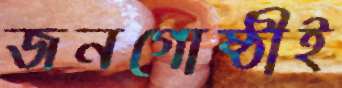
জনগোষ্ঠীই